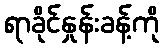
ရာခိုင်နှုန်းခန့်ကို